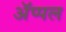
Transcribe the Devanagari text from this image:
अॅप्पल